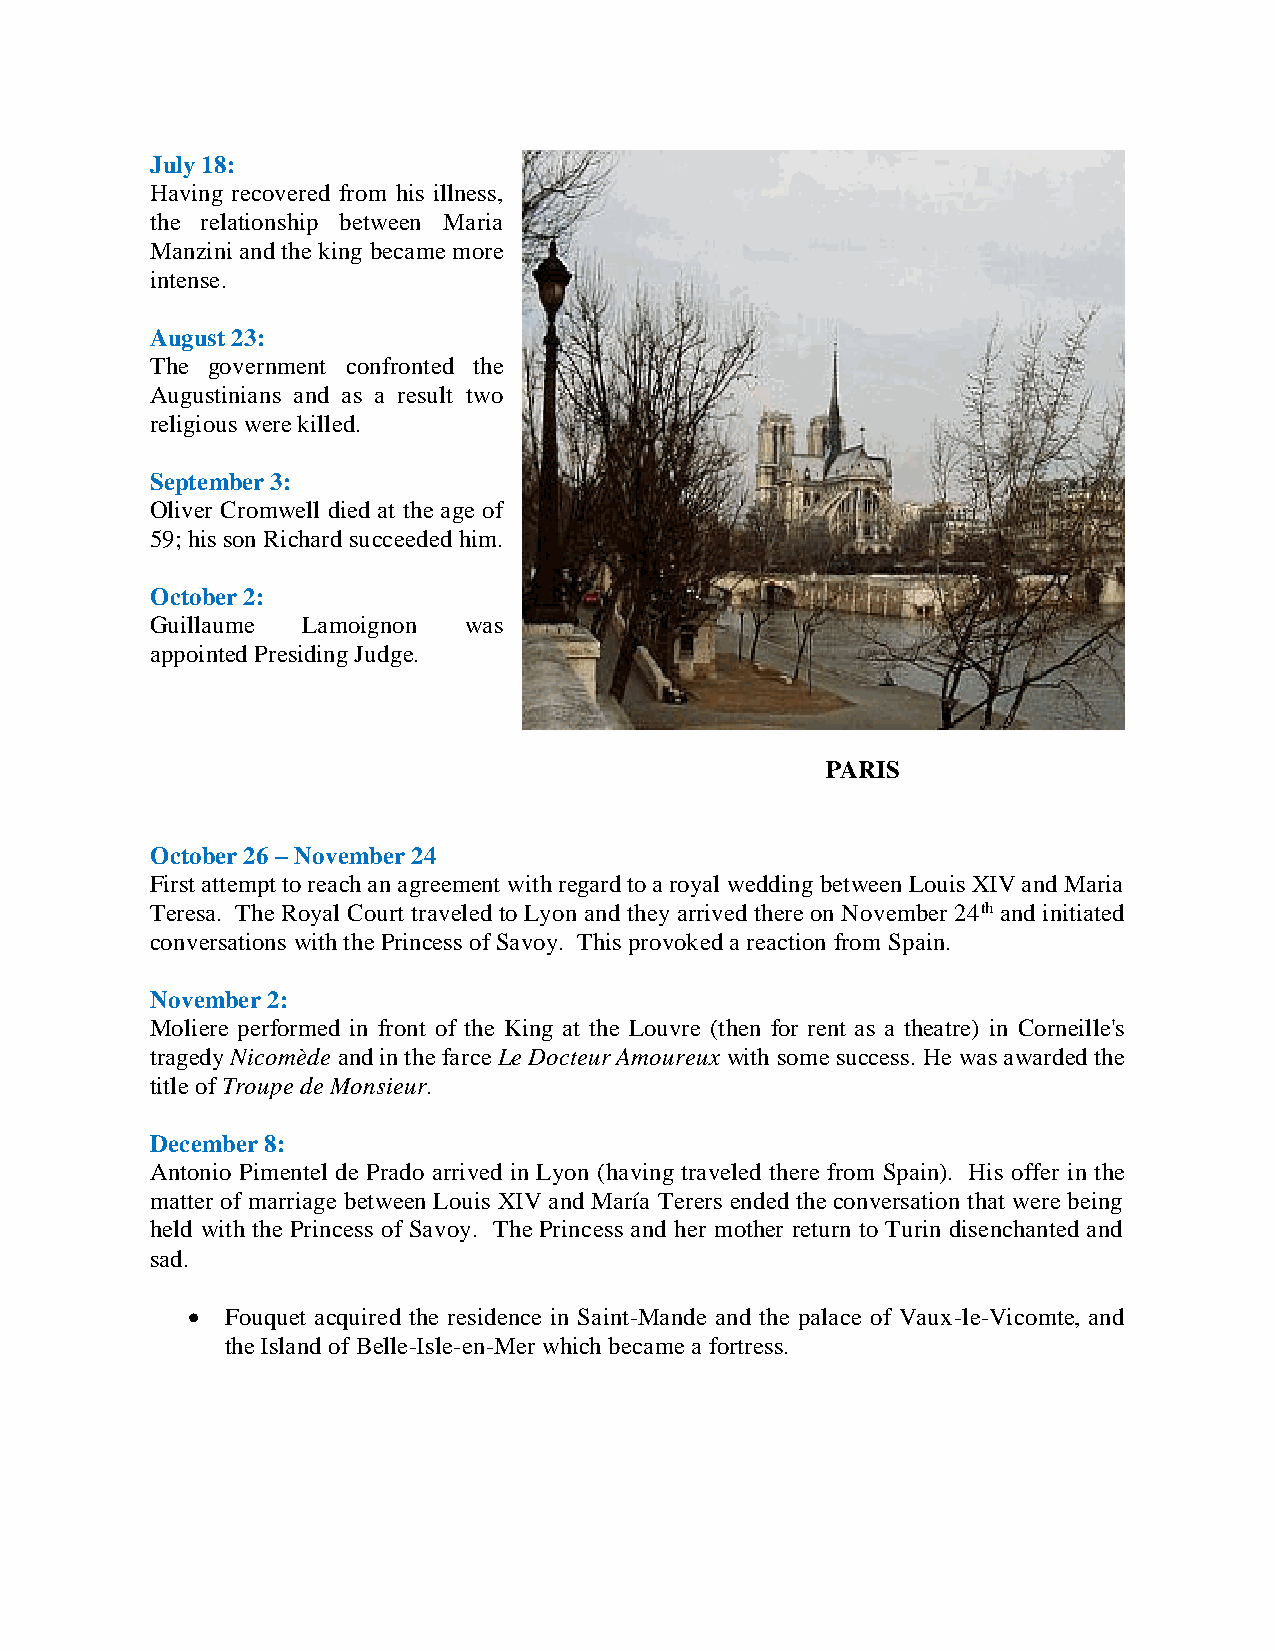
July 18:
 Having recovered from his illness,
 the relationship between Maria
 Manzini and the king became more
 intense.
 August 23:
 The government confronted the
 Augustinians and as a result two
 religious were killed.
 September 3:
 Oliver Cromwell died at the age of
 59; his son Richard succeeded him.
 October 2:
 Guillaume Lamoignon  was
 appointed Presiding Judge.
 PARIS
 October 26 – November 24
 First attempt to reach an agreement with regard to a royal wedding between Louis XIV and Maria
 Teresa. The Royal Court traveled to Lyon and they arrived there on November 24th and initiated
 conversations with the Princess of Savoy. This provoked a reaction from Spain.
 November 2:
 Moliere performed in front of the King at the Louvre (then for rent as a theatre) in Corneille's
 tragedy Nicomède and in the farce Le Docteur Amoureux with some success. He was awarded the
 title of Troupe de Monsieur.
 December 8:
 Antonio Pimentel de Prado arrived in Lyon (having traveled there from Spain). His offer in the
 matter of marriage between Louis XIV and María Terers ended the conversation that were being
 held with the Princess of Savoy. The Princess and her mother return to Turin disenchanted and
 sad.
   Fouquet acquired the residence in Saint-Mande and the palace of Vaux-le-Vicomte, and
 the Island of Belle-Isle-en-Mer which became a fortress.